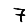
Digit: 7